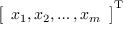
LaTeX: { \left[ \begin{array} { l } { x _ { 1 } , x _ { 2 } , \dots , x _ { m } } \end{array} \right] } ^ { \mathrm { { T } } }